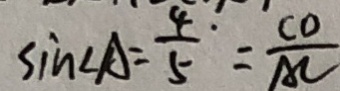
\sin \angle A = \frac { 4 } { 5 } \cdot = \frac { C D } { A C }